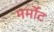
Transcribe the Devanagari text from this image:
मर्मोट